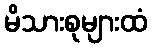
မိသားစုများထံ